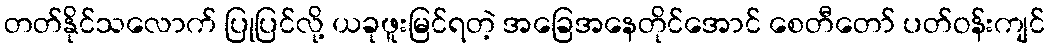
တတ်နိုင်သလောက် ပြုပြင်လို့ ယခုဖူးမြင်ရတဲ့ အခြေအနေတိုင်အောင် စေတီတော် ပတ်ဝန်းကျင်